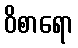
ဝိစာရော